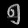
Digit: ၅